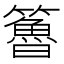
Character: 𥶇